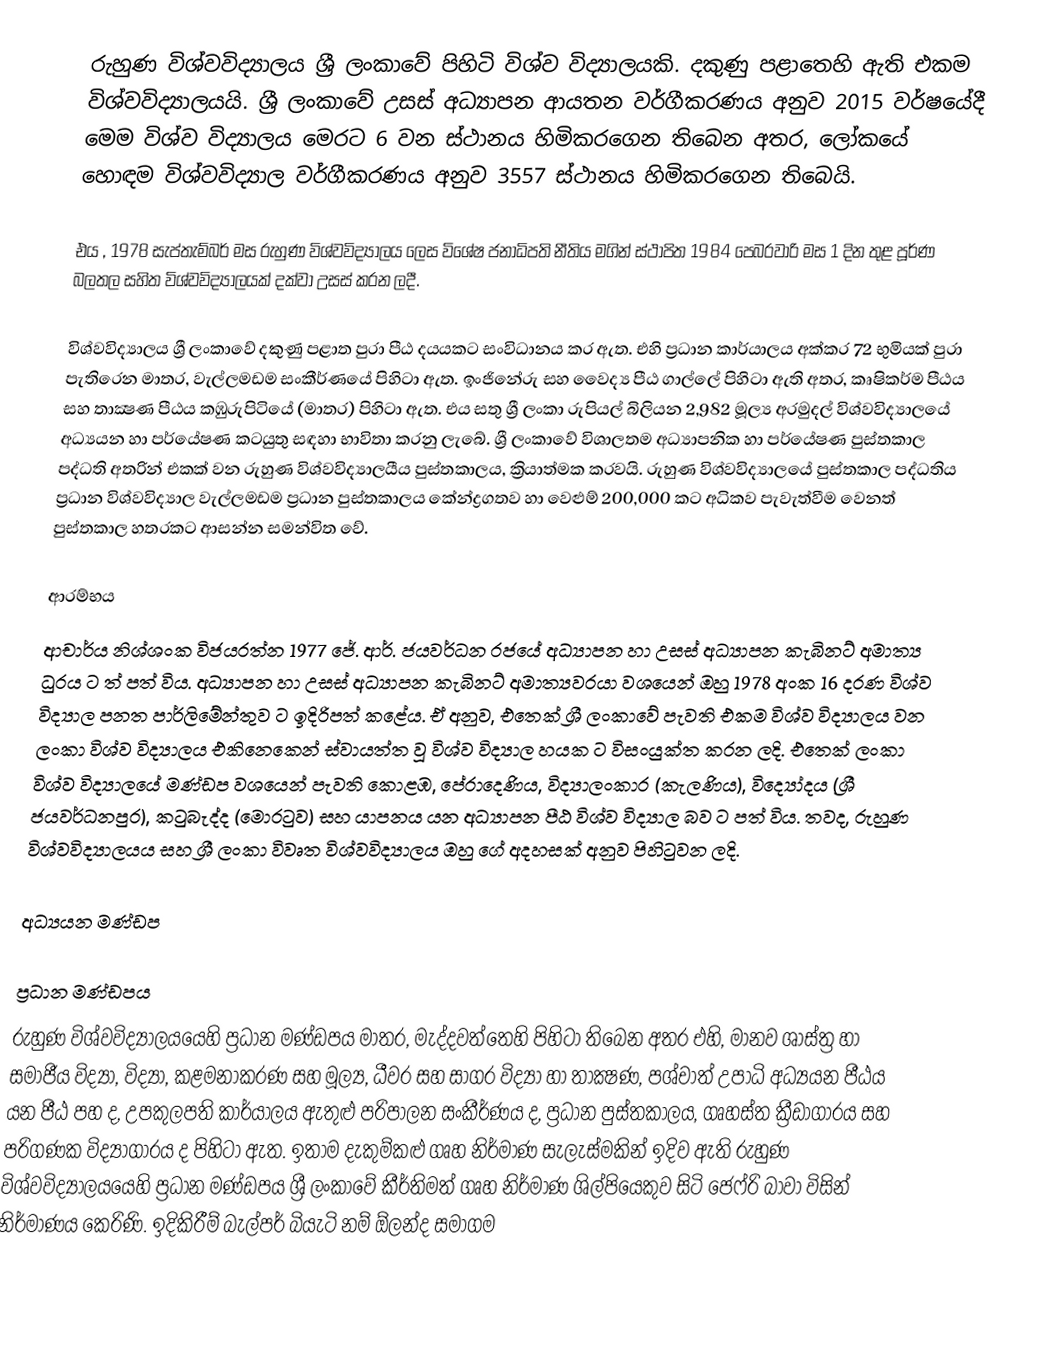
රුහුණ විශ්වවිද්‍යාලය ශ්‍රී ලංකාවේ  පිහිටි විශ්ව විද්‍යාලයකි. දකුණු පළාතෙහි ඇති එකම විශ්වවිද්‍යාලයයි. ශ්‍රී ලංකාවේ උසස් අධ්‍යාපන ආයතන වර්ගීකරණය අනුව 2015 වර්ෂයේදී මෙම විශ්ව විද්‍යාලය මෙරට 6 වන ස්ථානය හිමිකරගෙන තිබෙන අතර, ලෝකයේ හොඳම විශ්වවිද්‍යාල වර්ගීකරණය අනුව 3557 ස්‌ථානය හිමිකරගෙන තිබෙයි.

එය , 1978 සැප්තැම්බර් මස රුහුණ විශ්වවිද්‍යාලය ලෙස විශේෂ ජනාධිපති නීතිය මගින් ස්ථාපිත 1984 පෙබරවාරි මස 1 දින තුළ පූර්ණ බලතල සහිත විශ්වවිද්‍යාලයක් දක්වා උසස් කරන ලදී.

විශ්වවිද්‍යාලය ශ්‍රී ලංකාවේ දකුණු පළාත පුරා පීඨ දයයකට සංවිධානය කර ඇත. එහි ප්‍රධාන කාර්යාලය අක්කර 72 භුමියක් පුරා පැතිරෙන  මාතර, වැල්ලමඩම සංකීර්ණයේ  පිහිටා ඇත. ඉංජිනේරු සහ වෛද්‍ය පීඨ  ගාල්ලේ  පිහිටා ඇති අතර, කෘෂිකර්ම පීඨය සහ තාක්‍ෂණ පීඨය කඹුරුපිටියේ (මාතර) පිහිටා ඇත. එය සතු  ශ්‍රී ලංකා රුපියල් බිලියන 2,982 මූල්‍ය අරමුදල් විශ්වවිද්‍යාලයේ අධ්‍යයන හා පර්යේෂණ කටයුතු සඳහා භාවිතා කරනු ලැබේ. ශ්‍රී ලංකාවේ විශාලතම අධ්‍යාපනික හා පර්යේෂණ පුස්තකාල පද්ධති අතරින් එකක් වන රුහුණ විශ්වවිද්‍යාලයීය පුස්තකාලය, ක්‍රියාත්මක කරවයි. රුහුණ විශ්වවිද්‍යාලයේ පුස්තකාල පද්ධතිය ප්‍රධාන විශ්වවිද්‍යාල වැල්ලමඩම ප්‍රධාන පුස්තකාලය කේන්ද්‍රගතව හා වෙළුම් 200,000 කට අධිකව පැවැත්වීම වෙනත් පුස්තකාල හතරකට ආසන්න සමන්විත වේ.

ආරම්භය
ආචාර්ය නිශ්ශංක විජයරත්න 1977 ජේ. ආර්. ජයවර්ධන රජයේ අධ්‍යාපන හා උසස් අධ්‍යාපන කැබිනට් අමාත්‍ය ධුරය ට ත් පත් විය. අධ්‍යාපන හා උසස් අධ්‍යාපන  කැබිනට් අමාත්‍යවරයා වශයෙන් ඔහු 1978 අංක 16 දරණ විශ්ව විද්‍යාල පනත පාර්ලිමේන්තුව ට ඉදිරිපත් කළේය. ඒ අනුව, එතෙක් ශ්‍රී ලංකාවේ පැවති එකම විශ්ව විද්‍යාලය වන ලංකා විශ්ව විද්‍යාලය එකිනෙකෙන් ස්වායත්ත වූ විශ්ව විද්‍යාල හයක ට විසංයුක්ත කරන ලදි. එතෙක් ලංකා විශ්ව විද්‍යාලයේ මණ්ඩප වශයෙන් පැවති කොළඹ, පේරාදෙණිය, විද්‍යාලංකාර (කැලණිය), විද්‍යෝදය (ශ්‍රී ජයවර්ධනපුර), කටුබැද්ද (මොරටුව) සහ යාපනය යන අධ්‍යාපන පීඨ විශ්ව විද්‍යාල බව ට පත් විය. තවද, රුහුණ විශ්වවිද්‍යාලයය සහ ශ්‍රී ලංකා විවෘත විශ්වවිද්‍යාලය ඔහු  ගේ අදහසක් අනුව පිහිටුවන ලදි.

අධ්‍යයන මණ්ඩප

ප්‍රධාන මණ්ඩපය
රුහුණ විශ්වවිද්‍යාලයයෙහි ප්‍රධාන මණ්ඩපය මාතර, මැද්දවත්තෙහි පිහිටා තිබෙන අතර එහි, මානව ශාස්ත්‍ර හා සමාජීය විද්‍යා, විද්‍යා, කළමනාකරණ සහ මූල්‍ය, ධීවර සහ සාගර විද්‍යා හා තාක්‍ෂණ, පශ්චාත් උපාධි අධ්‍යයන පීඨය යන පීඨ පහ ද, උපකුලපති ‍කාර්යාලය ඇතුළු පරිපාලන සංකීර්ණය ද, ප්‍රධාන පුස්තකාලය, ගෘහස්ත ක්‍රීඩාගාරය සහ පරිගණක විද්‍යාගාරය ද පිහිටා ඇත. ඉතාම දැකුම්කළු ගෘහ නිර්මාණ සැලැස්මකින් ඉදිව ඇති රුහුණ විශ්වවිද්‍යාලයයෙහි ප්‍රධාන මණ්ඩපය  ශ්‍රී ලංකාවේ කීර්තිමත් ගෘහ නිර්මාණ ශිල්පියෙකුව සිටි ජෙෆ්රි බාවා  විසින් නිර්මාණය කෙරිණි. ඉදිකිරීම් බැල්පර් බියැටි නම් ඕලන්ද සමාගම